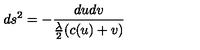
d s ^ { 2 } = - \frac { d u d v } { { \frac \lambda 2 } ( c ( u ) + v ) }